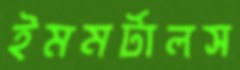
ইমমর্টালস